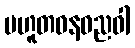
ပဟူတဓနဓညဝါ